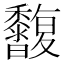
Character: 𪐒